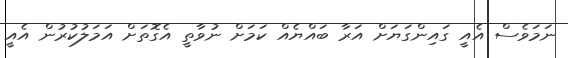
ނަމަވެސް އެއީ ގައިންގަޔަށް އަރާ ބައްޔެއް ކަމަށް ނުވާތީ އެގޮތަށް އަމަލުކުރުން އެއީ